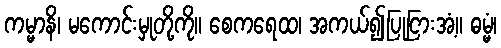
ကမ္မာနိ၊ မကောင်းမှုတို့ကို။ စေကရေထ၊ အကယ်၍ပြုငြားအံ့။ ဓမ္မံ၊